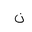
Letter: _non